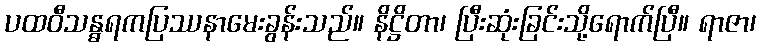
ပထဝီသန္ဓရကပြဿနာမေးခွန်းသည်။ နိဋ္ဌိတာ၊ ပြီးဆုံးခြင်းသို့ရောက်ပြီ။ ရာဇာ၊